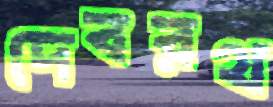
দেবরথ